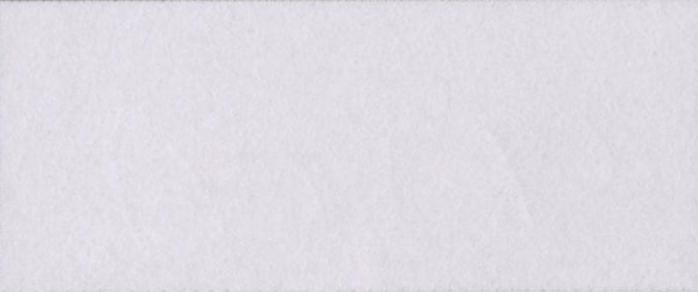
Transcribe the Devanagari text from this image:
अक्षरों